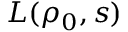
L ( \rho _ { 0 } , s )